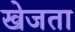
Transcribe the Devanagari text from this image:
खेजता